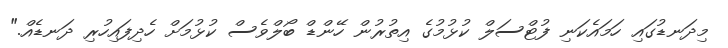
މިދަނޑުގައި ހަމައެކަނި ފުޓްސަލް ކުޅުމުގެ އިތުރުން ހޭންޑް ބޯލްވެސް ކުޅުމަށް ހެދިފައިހުރި ދަނޑެއް."